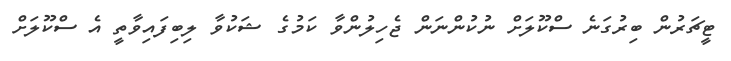
ޓީޗަރުން ބިރުގަނެ ސްކޫލަށް ނުކުންނަން ޖެހިލުންވާ ކަމުގެ ޝަކުވާ ލިބިފައިވާތީ އެ ސްކޫލަށް